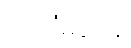
ဇာတိမဒေန